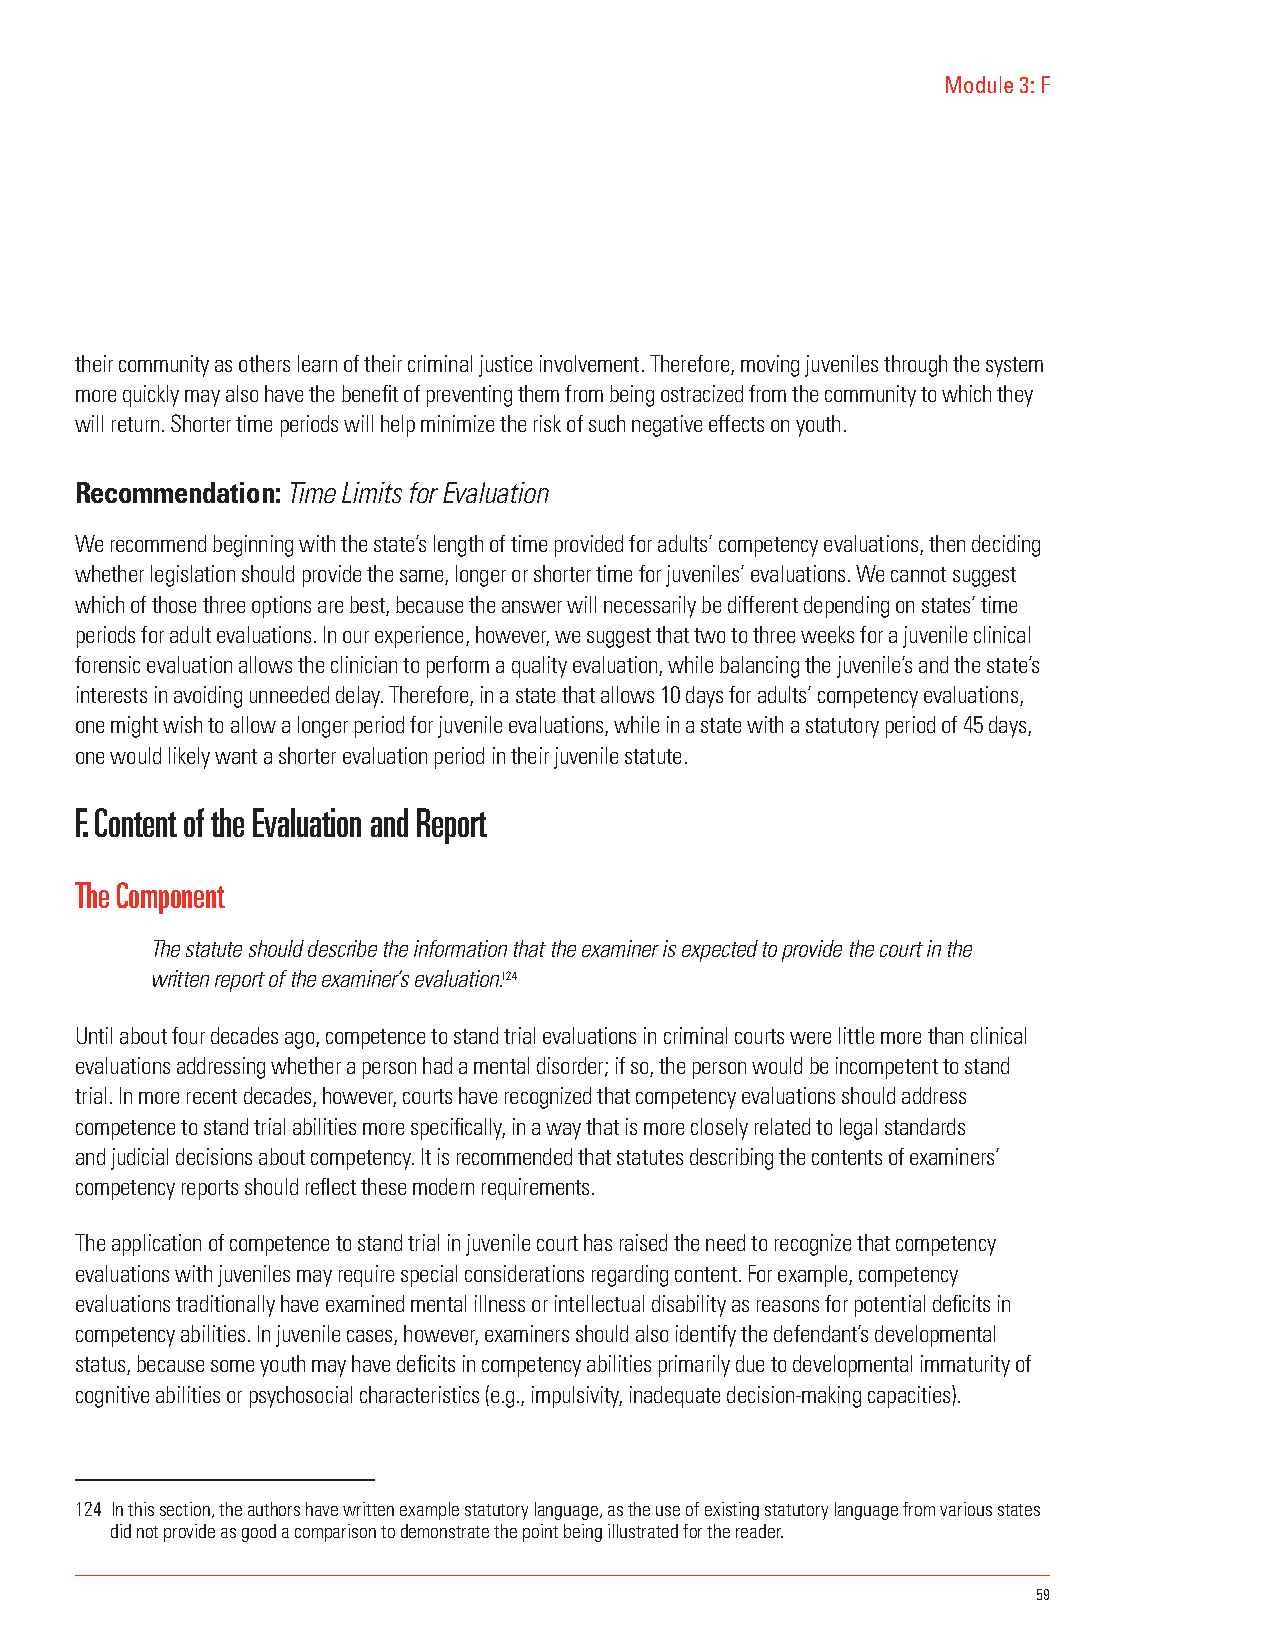
Module 3: F
 their community as others learn of their criminal justice involvement. Therefore, moving juveniles through the system
 more quickly may also have the benefit of preventing them from being ostracized from the community to which they
 will return. Shorter time periods will help minimize the risk of such negative effects on youth.
 Recommendation: Time Limits for Evaluation
 We recommend beginning with the state’s length of time provided for adults’ competency evaluations, then deciding
 whether legislation should provide the same, longer or shorter time for juveniles’ evaluations. We cannot suggest
 which of those three options are best, because the answer will necessarily be different depending on states’ time
 periods for adult evaluations. In our experience, however, we suggest that two to three weeks for a juvenile clinical
 forensic evaluation allows the clinician to perform a quality evaluation, while balancing the juvenile’s and the state’s
 interests in avoiding unneeded delay. Therefore, in a state that allows 10 days for adults’ competency evaluations,
 one might wish to allow a longer period for juvenile evaluations, while in a state with a statutory period of 45 days,
 one would likely want a shorter evaluation period in their juvenile statute.
 F. Content of the Evaluation and Report
 The Component
 The statute should describe the information that the examiner is expected to provide the court in the
 written report of the examiner’s evaluation.124
 Until about four decades ago, competence to stand trial evaluations in criminal courts were little more than clinical
 evaluations addressing whether a person had a mental disorder; if so, the person would be incompetent to stand
 trial. In more recent decades, however, courts have recognized that competency evaluations should address
 competence to stand trial abilities more specifically, in a way that is more closely related to legal standards
 and judicial decisions about competency. It is recommended that statutes describing the contents of examiners’
 competency reports should reflect these modern requirements.
 The application of competence to stand trial in juvenile court has raised the need to recognize that competency
 evaluations with juveniles may require special considerations regarding content. For example, competency
 evaluations traditionally have examined mental illness or intellectual disability as reasons for potential deficits in
 competency abilities. In juvenile cases, however, examiners should also identify the defendant’s developmental
 status, because some youth may have deficits in competency abilities primarily due to developmental immaturity of
 cognitive abilities or psychosocial characteristics (e.g., impulsivity, inadequate decision-making capacities).
 124 In this section, the authors have written example statutory language, as the use of existing statutory language from various states
 did not provide as good a comparison to demonstrate the point being illustrated for the reader.
 59